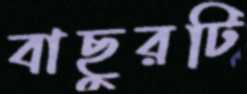
বাছুরটি